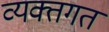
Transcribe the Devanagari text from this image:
व्यक्तगत